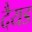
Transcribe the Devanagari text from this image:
दैयड